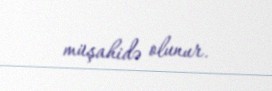
müşahidə olunur.